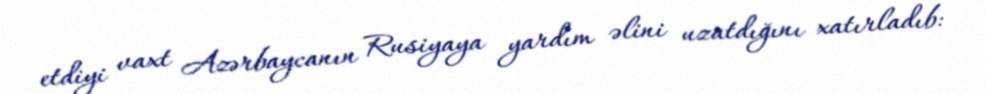
etdiyi vaxt Azərbaycanın Rusiyaya yardım əlini uzatdığını xatırladıb: